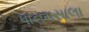
પાનમસાલા